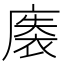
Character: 𰐀